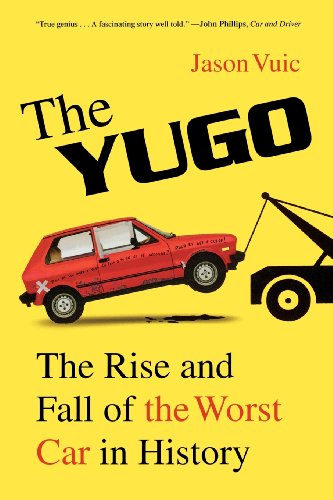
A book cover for The Yugo: The Rise and Fall of the Worst Car in History; Jason Vuic; Business & Money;